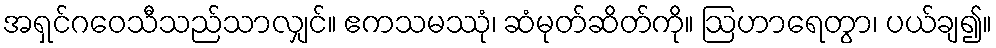
အရှင်ဂဝေသီသည်သာလျှင်။ ဧကသမဿုံ၊ ဆံမုတ်ဆိတ်ကို။ ဩဟာရေတွာ၊ ပယ်ချ၍။